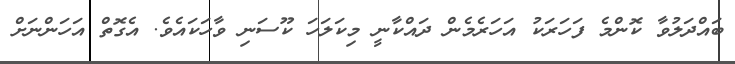
ބައްދަލުވާ ކޮންމެ ފަހަރަކު އަހަރެމެން ދައްކާނީ މިކަލަހަ ކޫސަނި ވާހަކައެވެ. އެގޮތް އަހަންނަށް